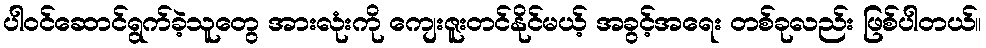
ပါဝင်ဆောင်ရွက်ခဲ့သူတွေ အားလုံးကို ကျေးဇူးတင်နိုင်မယ့် အခွင့်အရေး တစ်ခုလည်း ဖြစ်ပါတယ်။